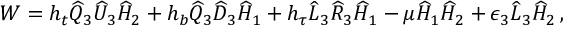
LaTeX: W = h _ { t } \widehat Q _ { 3 } \widehat U _ { 3 } \widehat H _ { 2 } + h _ { b } \widehat Q _ { 3 } \widehat D _ { 3 } \widehat H _ { 1 } + h _ { \tau } \widehat L _ { 3 } \widehat R _ { 3 } \widehat H _ { 1 } - \mu \widehat H _ { 1 } \widehat H _ { 2 } + \epsilon _ { 3 } \widehat L _ { 3 } \widehat H _ { 2 } \, ,